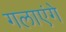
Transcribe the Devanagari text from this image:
गलाएंगे